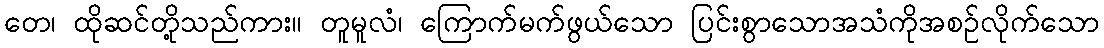
တေ၊ ထိုဆင်တို့သည်ကား။ တူမူလံ၊ ကြောက်မက်ဖွယ်သော ပြင်းစွာသောအသံကိုအစဉ်လိုက်သော